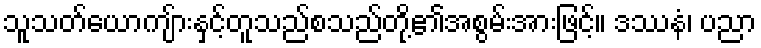
သူသတ်ယောကျ်ားနှင့်တူသည်စသည်တို့၏အစွမ်းအားဖြင့်။ ဒဿနံ၊ ပညာ